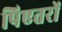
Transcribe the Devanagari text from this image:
पिएतरों